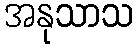
အနုသာသ